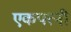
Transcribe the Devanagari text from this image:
एकपत्‍नी